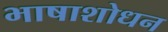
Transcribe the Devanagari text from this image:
भाषाशोधन